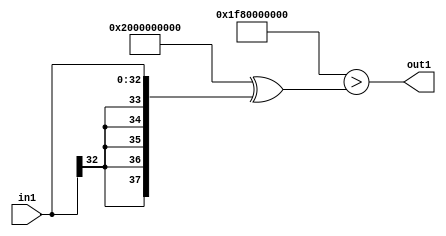
`timescale 1ps / 1ps
/*****************************************************************************
    Verilog RTL Description
    
    
    Created by: Stratus DpOpt 2019.1.01 
*******************************************************************************/

module avg_pool_LtnLLs33_4 (
	in1,
	out1
	); /* architecture "behavioural" */ 
input [32:0] in1;
output  out1;
wire  asc001;

assign asc001 = ((38'B10000000000000000000000000000000000000 ^ 38'B11111110000000000000000000000000000000)>(38'B10000000000000000000000000000000000000
    ^ {{5{in1[32]}}, in1}));

assign out1 = asc001;
endmodule

/* CADENCE  uLL3TAA= : u9/ySgnWtBlWxVPRXgAZ4Og= ** DO NOT EDIT THIS LINE ******/